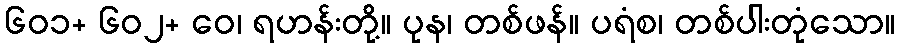
၆၀၁+ ၆၀၂+ ဝေ၊ ရဟန်းတို့။ ပုန၊ တစ်ဖန်။ ပရံစ၊ တစ်ပါးတုံသော။